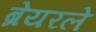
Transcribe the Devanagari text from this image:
ब्रेयरले